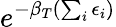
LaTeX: e^{-\beta_{T}(\sum_{i}\epsilon_{i})}